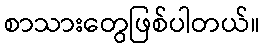
စာသားတွေဖြစ်ပါတယ်။